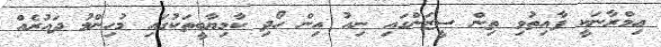
އިމްރާނަކީ ފާއިތުވި ތިން ސީޒަންގައި ނިއު އިން ހޯދި ކާމިޔާބީތަކުގައި މުހިންމު ދައުރެއް